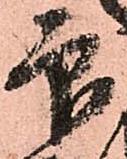
印